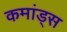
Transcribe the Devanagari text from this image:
कमांड्‌स